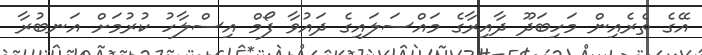
އޭގެ ތެރެއިން މަހިބަދޫ ދާއިރާގެ މައްސަލައިގެ ދައުވާ ފޯމް އިސްލާހު ކުރުމަށް އަނބުރާ